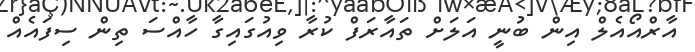
އާރްއޯއެލް އިން ބުނީ އަލަށް ތައާރަފް ކުރާ ވިއުގައިގާ ހާއްސަ ތިން ސިފައެއް